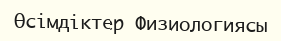
Өсімдіктер Физиологиясы